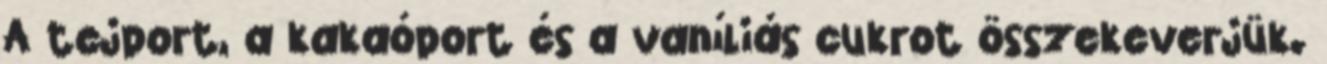
A tejport, a kakaóport és a vaníliás cukrot összekeverjük.